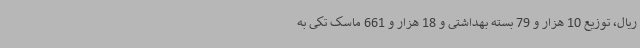
ریال، توزیع 10 هزار و 79 بسته بهداشتی و 18 هزار و 661 ماسک تکی به